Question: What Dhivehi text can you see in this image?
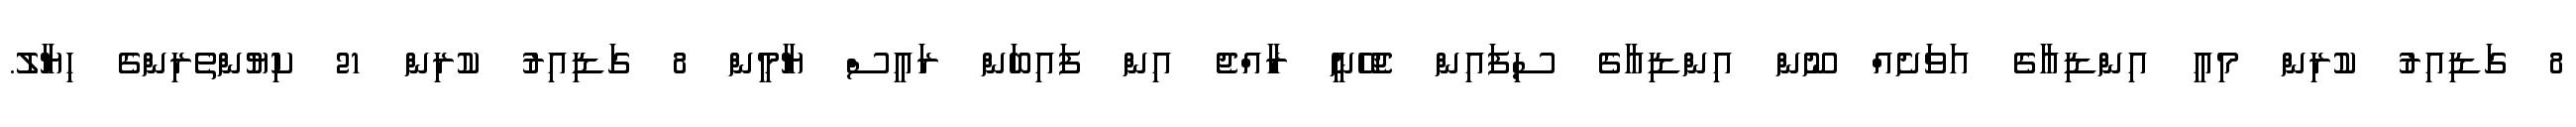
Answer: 8 ގަޑިއިރު ކުރިން މިއީ އިންޑިއާގެ އަވަށެއް ނޫން އިންޑިއާގެ ސިފައިން ޖެހޭނީ ރާއްޖެ އިން ފައިބަން ރައީސް ޔާމީން 8 ގަޑިއިރު ކުރިން 21 ކިޔުންތެރިންގެ ހިޔާލު.